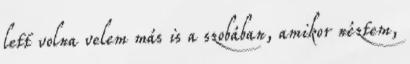
lett volna velem más is a szobában, amikor néztem,